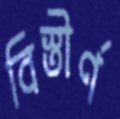
বিস্তীর্ণ